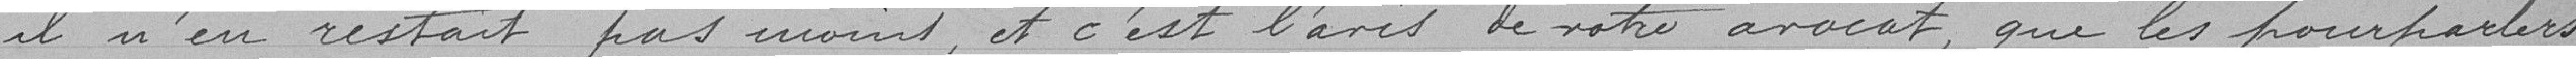
il n'en restait pas moins, et c'est l'avis de notre avocat, que les pourparlers